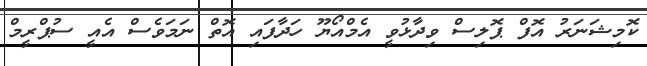
ކޮމިޝަނަރު އޮފް ޕޮލިސް ވިދާޅުވީ އެމްއޯޔޫ ހަދާފައި އޮތް ނަމަވެސް އެއީ ސުޕްރީމް